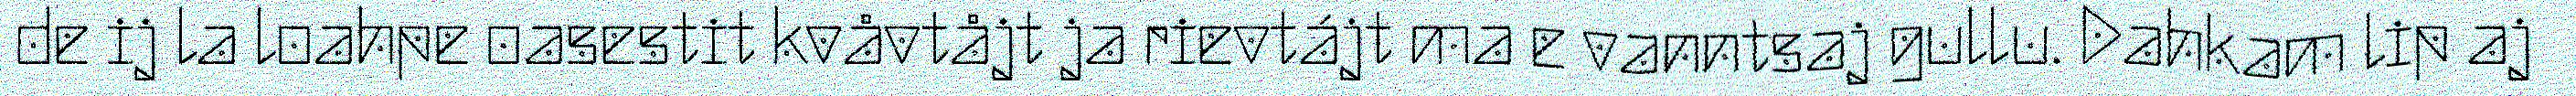
de ij la loahpe oasestit kvåvtåjt ja rievtájt ma e vanntsaj gullu. Dahkam lip aj